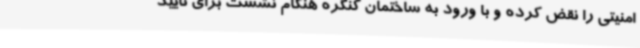
امنیتی را نقض کرده و با ورود به ساختمان کنگره هنگام نشست برای تایید